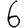
Digit: 6